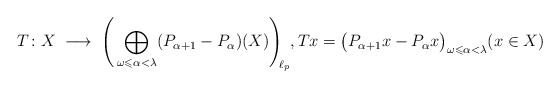
\begin{align*}T\colon X \;\longrightarrow\;\; \Biggr( \bigoplus_{\omega\leqslant \alpha<\lambda} (P_{\alpha+1}-P_\alpha)(X) \Biggr)_{\!\!\ell_p},Tx = \bigl(P_{\alpha+1}x - P_{\alpha}x\bigr)_{\omega\leqslant \alpha<\lambda}(x\in X)\end{align*}